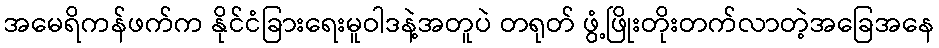
အမေရိကန်ဖက်က နိုင်ငံခြားရေးမူဝါဒနဲ့အတူပဲ တရုတ် ဖွံ့ဖြိုးတိုးတက်လာတဲ့အခြေအနေ